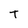
Character: t